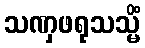
သဏှဖရုသသ္မိံ